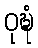
ဝုဍ္ဎံ